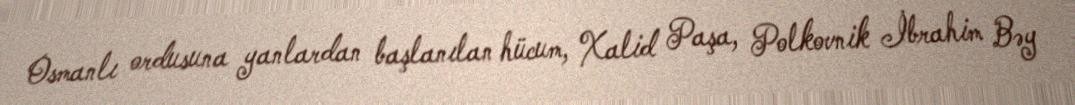
Osmanlı ordusuna yanlardan başlanılan hücum, Xalid Paşa, Polkovnik İbrahim Bəy